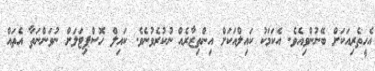
އެހީތެރިއަކަށް ބޭނުންވިއެވެ. އެކަމަކު ކައިލްއަކަށް އިންތިޒާރެއް ނުކުރެވުނެވެ. ކައިލް ހޮސްޕިޓަލަށް ނުވަންނަތާ އެތައް